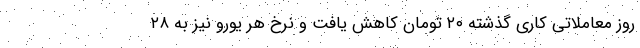
روز معاملاتی کاری گذشته ۲۰ تومان کاهش یافت و نرخ هر یورو نیز به ۲۸